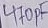
Text: 470pF